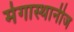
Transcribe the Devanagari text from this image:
मेगास्थानीज